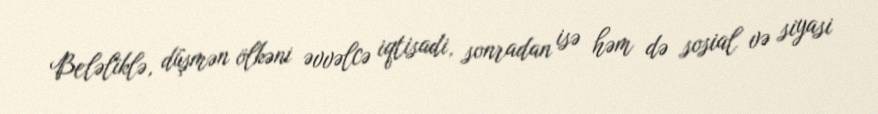
Beləliklə, düşmən ölkəni əvvəlcə iqtisadi, sonradan isə həm də sosial və siyasi